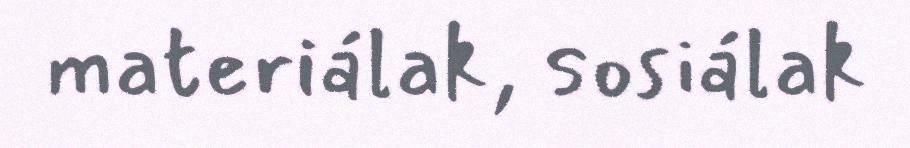
materiálak, sosiálak